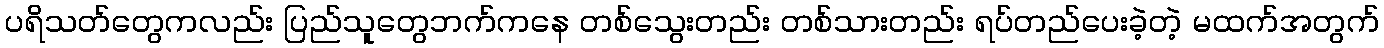
ပရိသတ်တွေကလည်း ပြည်သူတွေဘက်ကနေ တစ်သွေးတည်း တစ်သားတည်း ရပ်တည်ပေးခဲ့တဲ့ မထက်အတွက်